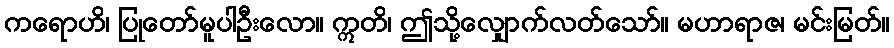
ကရောဟိ၊ ပြုတော်မူပါဦးလော။ ဣတိ၊ ဤသို့လျှောက်လတ်သော်။ မဟာရာဇ၊ မင်းမြတ်။